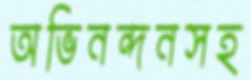
অভিনন্দনসহ